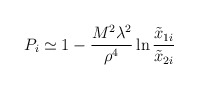
\begin{align*}P_{ i} \simeq 1 - {M^2 \lambda^2 \over \rho^4} \ln {\tilde x_{1i} \over \tilde x_{2i}}\end{align*}